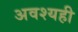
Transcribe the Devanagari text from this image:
अवश्यही